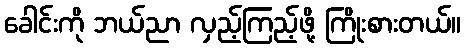
ခေါင်းကို ဘယ်ညာ လှည့်ကြည့်ဖို့ ကြိုးစားတယ်။